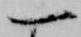
一